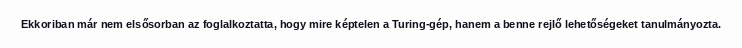
Ekkoriban már nem elsősorban az foglalkoztatta, hogy mire képtelen a Turing-gép, hanem a benne rejlő lehetőségeket tanulmányozta.